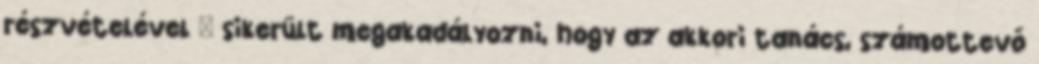
részvételével – sikerült megakadályozni, hogy az akkori tanács, számottevő